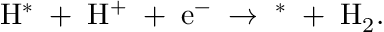
\mathrm { H ^ { * } \; + \; H ^ { + } \; + \; e ^ { - } \; \rightarrow \; ^ { * } \; + \; H _ { 2 } } .